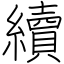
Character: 續